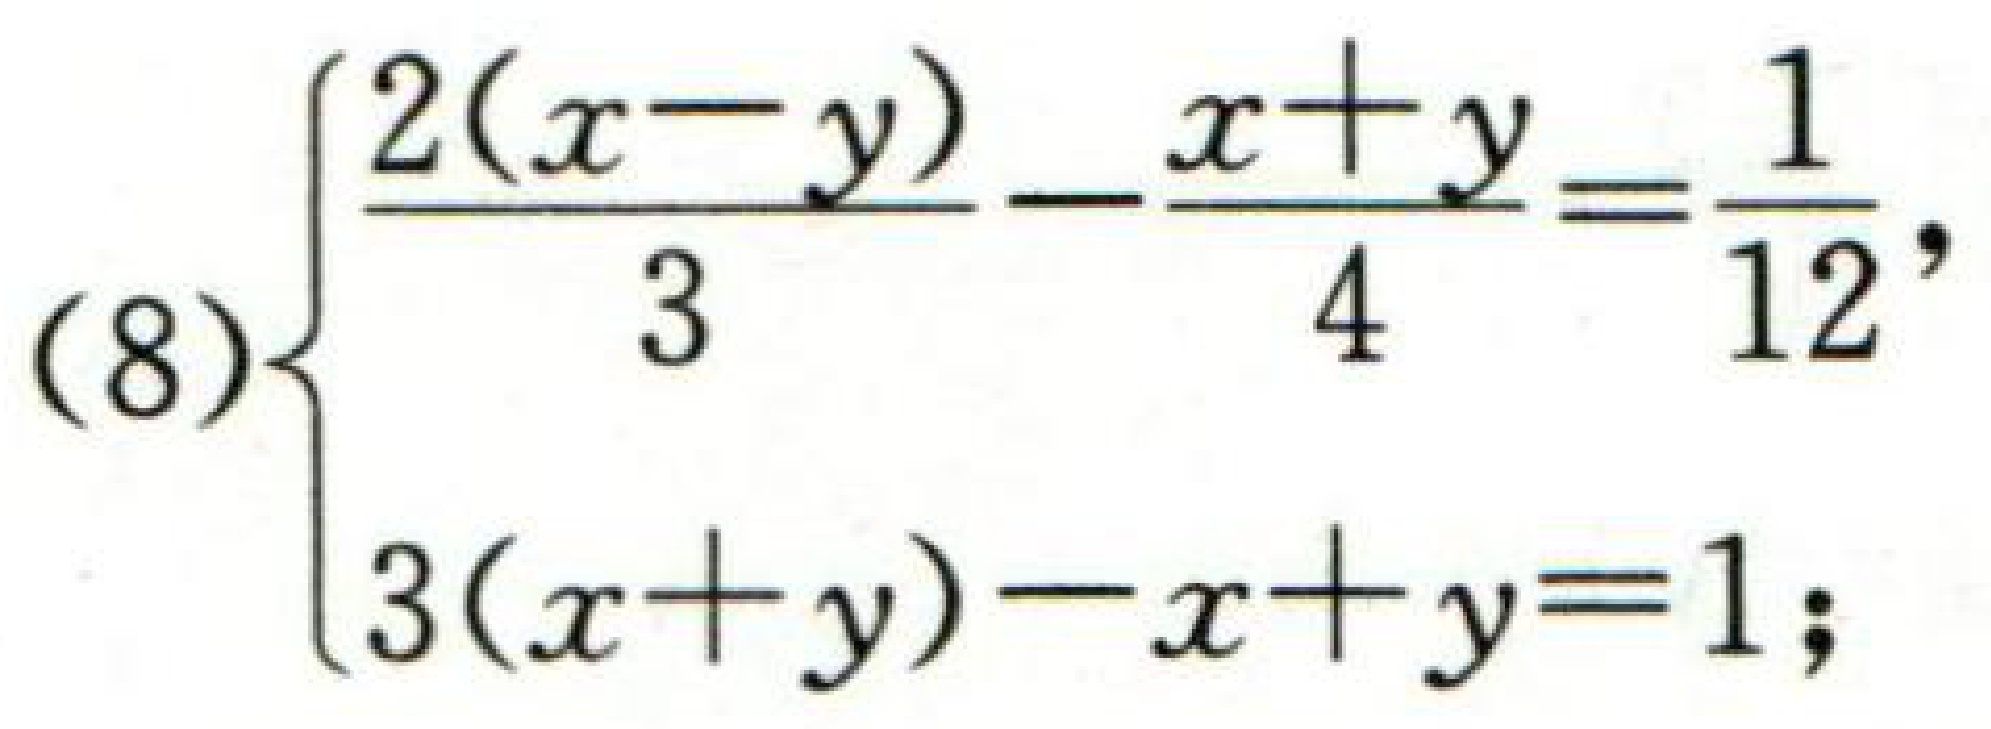
\((8)\begin{cases}
\frac{2(x - y)}{3}-\frac{x + y}{4}=\frac{1}{12},\\
3(x + y)-x + y = 1;
\end{cases}\)